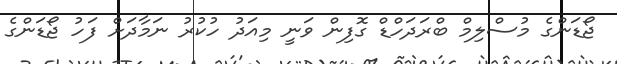
ޖޯޑަންގެ މުސްލިމް ބްރަދަހްޑް ގޮފިން ވަނީ މިއަދު ހުކުރު ނަމާދަށް ފަހު ޖޯޑަންގެ